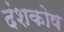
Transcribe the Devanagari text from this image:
दंशकोष